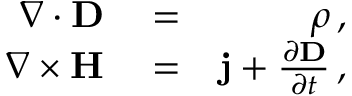
\begin{array} { r l r } { \nabla \cdot { \bf D } } & { { } = } & { \rho \, , } \\ { \nabla \times { \bf H } } & { { } = } & { { \bf j } + \frac { \partial { \bf D } } { \partial t } \, , } \end{array}